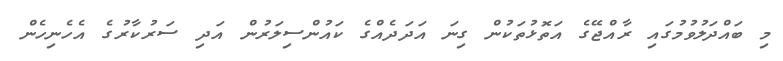
މި ބައްދަލުވުމުގައި ރާއްޖޭގެ އަތޮޅުތަކުން ގިނަ އަދަދެއްގެ ކައުންސިލަރުން އަދި ސަރުކާރުގެ އެހެނިހެން